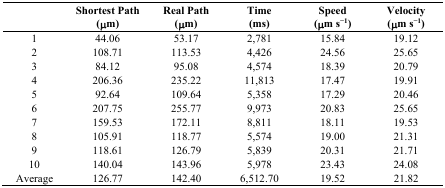
|  | Shortest Path (μm) | Real Path (μm) | Time (ms) | Speed (μm s−1) | Velocity (μm s−1) |
 | --- | --- | --- | --- | --- | --- |
 | 1 | 44.06 | 53.17 | 2,781 | 15.84 | 19.12 |
 | 2 | 108.71 | 113.53 | 4,426 | 24.56 | 25.65 |
 | 3 | 84.12 | 95.08 | 4,574 | 18.39 | 20.79 |
 | 4 | 206.36 | 235.22 | 11,813 | 17.47 | 19.91 |
 | 5 | 92.64 | 109.64 | 5,358 | 17.29 | 20.46 |
 | 6 | 207.75 | 255.77 | 9,973 | 20.83 | 25.65 |
 | 7 | 159.53 | 172.11 | 8,811 | 18.11 | 19.53 |
 | 8 | 105.91 | 118.77 | 5,574 | 19.00 | 21.31 |
 | 9 | 118.61 | 126.79 | 5,839 | 20.31 | 21.71 |
 | 10 | 140.04 | 143.96 | 5,978 | 23.43 | 24.08 |
 | Average | 126.77 | 142.40 | 6,512.70 | 19.52 | 21.82 |